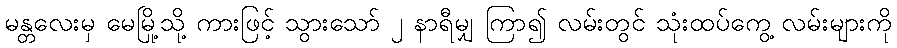
မန္တလေးမှ မေမြို့သို့ ကားဖြင့် သွားသော် ၂ နာရီမျှ ကြာ၍ လမ်းတွင် သုံးထပ်ကွေ့ လမ်းများကို